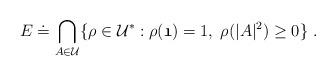
LaTeX: \begin{align*}E\doteq \bigcap\limits_{A\in \mathcal{U}}\{\rho \in \mathcal{U}^{\ast }:\rho(\mathfrak{1})=1,\;\rho (|A|^{2})\geq 0\}\ . \end{align*}